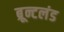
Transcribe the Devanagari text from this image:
ब्रून्टलंड